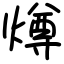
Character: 燇